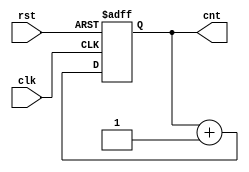
`timescale 1ns / 1ps
//////////////////////////////////////////////////////////////////////////////////
// Company: 
// Engineer: 
// 
// Design Name: 
// Module Name: counter_8bit
// Project Name: 
// Target Devices: 
// Tool Versions: 
// Description: 
// 
// Dependencies: 
// 
// Revision:
// Revision 0.01 - File Created
// Additional Comments:
// 
//////////////////////////////////////////////////////////////////////////////////


module counter_8bit(clk, rst, cnt);

input clk, rst;
output reg [7:0] cnt;

always @(posedge clk or posedge rst) begin
    if (rst) cnt <= 8'b0000_0000;
    else cnt <= cnt + 1;
end

endmodule